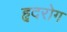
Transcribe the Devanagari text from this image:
हृदरोग